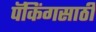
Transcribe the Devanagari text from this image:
पॅकिंगसाठी